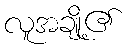
လူအချို့၏